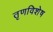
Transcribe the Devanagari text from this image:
तृणविशेष